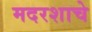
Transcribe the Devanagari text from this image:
मदरशाचे